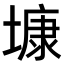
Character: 𡐓